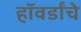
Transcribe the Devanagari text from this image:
हॉवर्डांचे